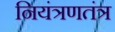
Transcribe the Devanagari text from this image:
नियंत्रणतंत्र